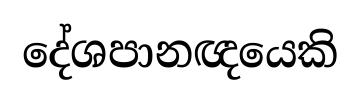
දේශපානඥයෙකි